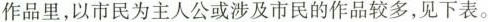
作品里，以市民为主人公或涉及市民的作品较多，见下表。